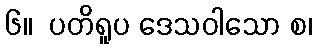
၆။  ပတိရူပ ဒေသဝါသော စ၊